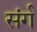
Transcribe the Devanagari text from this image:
संर्ग